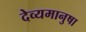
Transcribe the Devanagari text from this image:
देव्यमानुषा